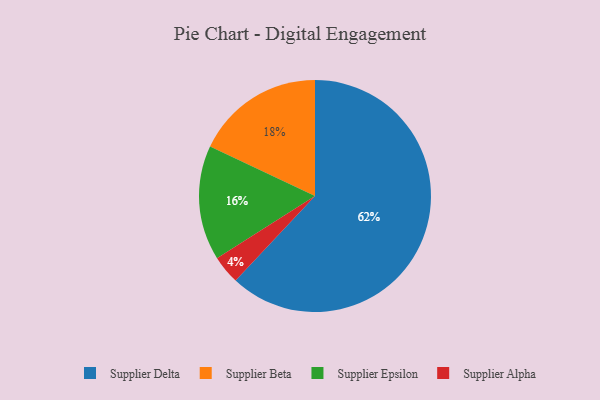
{"axis": {"x": "Category", "y": "Percentage"}, "legend": ["Supplier Alpha", "Supplier Beta", "Supplier Delta", "Supplier Epsilon"], "data": [{"x": "Supplier Epsilon", "y": 16, "type": "Supplier Epsilon"}, {"x": "Supplier Alpha", "y": 4, "type": "Supplier Alpha"}, {"x": "Supplier Beta", "y": 18, "type": "Supplier Beta"}, {"x": "Supplier Delta", "y": 62, "type": "Supplier Delta"}]}